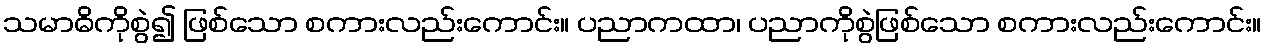
သမာဓိကိုစွဲ၍ ဖြစ်သော စကားလည်းကောင်း။ ပညာကထာ၊ ပညာကိုစွဲဖြစ်သော စကားလည်းကောင်း။